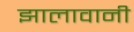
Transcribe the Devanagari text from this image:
झालावानी